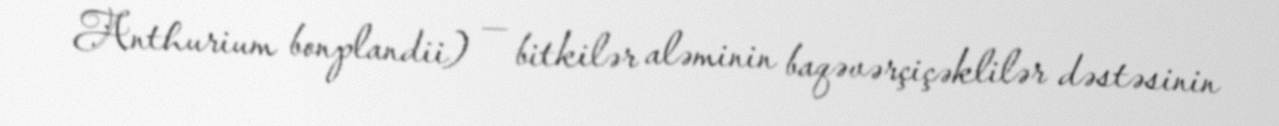
Anthurium bonplandii) — bitkilər aləminin baqəvərçiçəklilər dəstəsinin